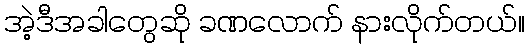
အဲ့ဒီအခါတွေဆို ခဏလောက် နားလိုက်တယ်။